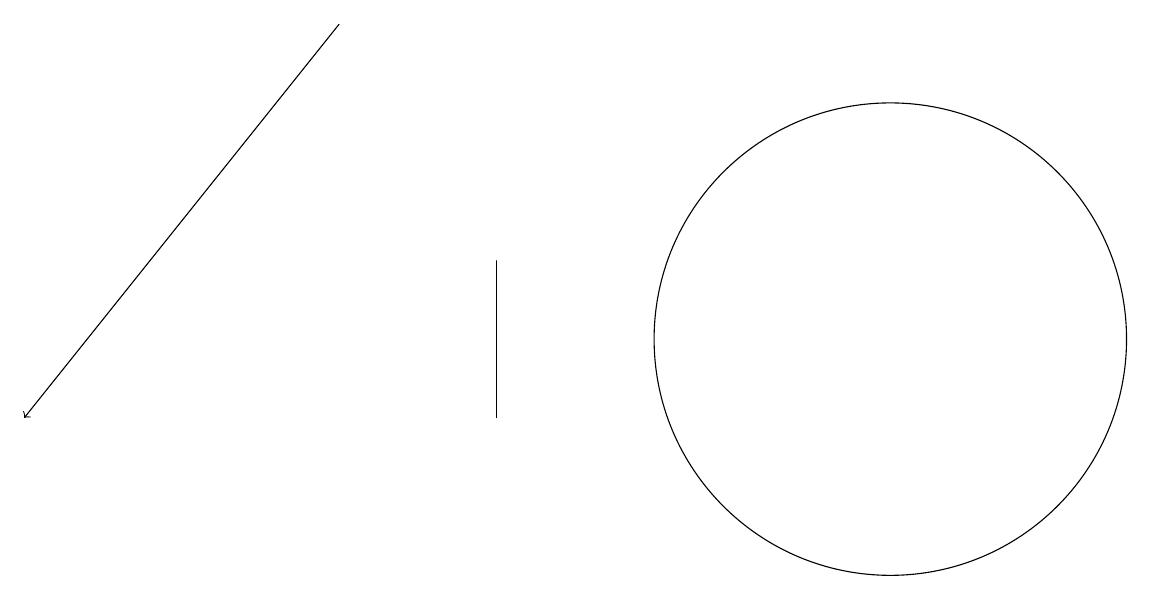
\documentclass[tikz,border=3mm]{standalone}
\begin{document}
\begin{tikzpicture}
\draw (11,12) circle (3);
\draw (6,11) rectangle (6,13);
\draw[->] (4,16) -- (0,11);
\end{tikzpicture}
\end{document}